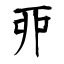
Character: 丣